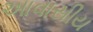
આવાસીય